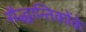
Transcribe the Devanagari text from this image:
सैद्धान्तिकोंके